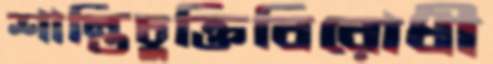
শান্তিচুক্তিবিরোধী